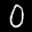
Label: 0